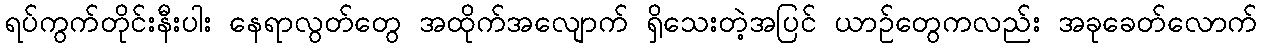
ရပ်ကွက်တိုင်းနီးပါး နေရာလွတ်တွေ အထိုက်အလျောက် ရှိသေးတဲ့အပြင် ယာဉ်တွေကလည်း အခုခေတ်လောက်